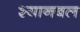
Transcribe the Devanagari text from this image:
श्यानबल